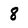
Character: 8